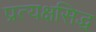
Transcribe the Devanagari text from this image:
प्रत्यक्षसिद्ध